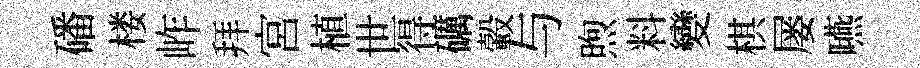
磻楼岞拜宮植世得礪轂与煦料變棋屡嚥